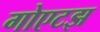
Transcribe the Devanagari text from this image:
गोएटझ